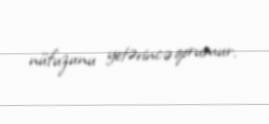
nüfuzunu yetərincə qorumur.